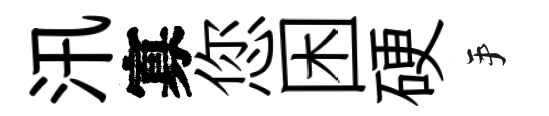
汛寡您困硬手